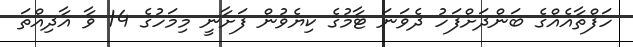
ހަފްތާއެއްގެ ބަންދަށްފަހު ދެވަނަ ޓާމުގެ ކިޔެވުން ފަށާނީ މިމަހުގެ 14 ވާ އާދިއްތަ